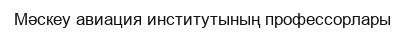
Мәскеу авиация институтының профессорлары